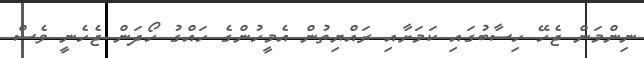
ނިންމަން ޖެހޭ ހިސާބުގައި ކަމަށާއި ރައްޔިތުން އެމީހުންގެ ހައްގު ހޯދަން ޖެހެނީ ވެސް